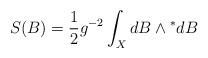
LaTeX: \begin{align*}S(B)=\frac{1}{2}g^{-2}\int_{X}{}dB\wedge {}^{*}dB\end{align*}